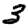
Digit: 3